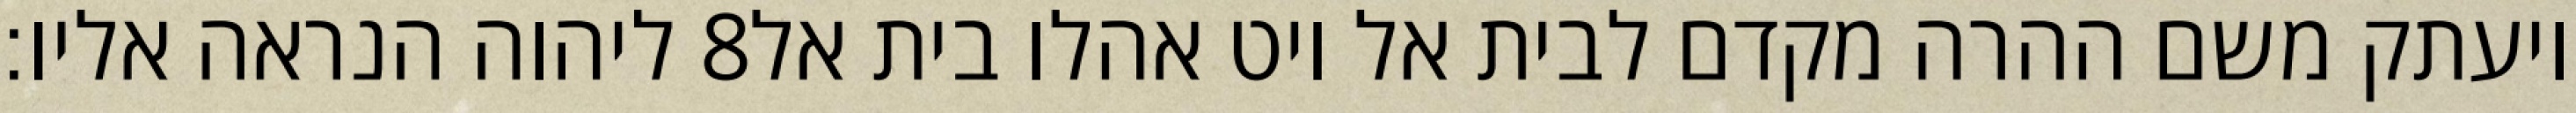
ליהוה הנראה אליו׃ ‎8‏ ויעתק משם ההרה מקדם לבית אל ויט אהלו בית אל